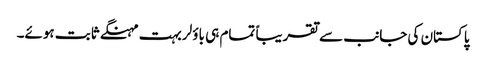
پاکستان کی جانب سے تقریباً تمام ہی باؤلر بہت مہنگے ثابت ہوئے۔